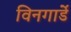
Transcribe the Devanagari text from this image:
विनगार्डे